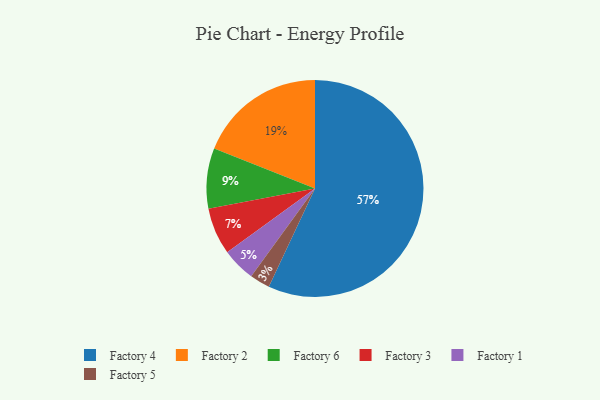
{"axis": {"x": "Category", "y": "Percentage"}, "legend": ["Factory 1", "Factory 2", "Factory 3", "Factory 4", "Factory 5", "Factory 6"], "data": [{"x": "Factory 4", "y": 57, "type": "Factory 4"}, {"x": "Factory 5", "y": 3, "type": "Factory 5"}, {"x": "Factory 1", "y": 5, "type": "Factory 1"}, {"x": "Factory 6", "y": 9, "type": "Factory 6"}, {"x": "Factory 2", "y": 19, "type": "Factory 2"}, {"x": "Factory 3", "y": 7, "type": "Factory 3"}]}